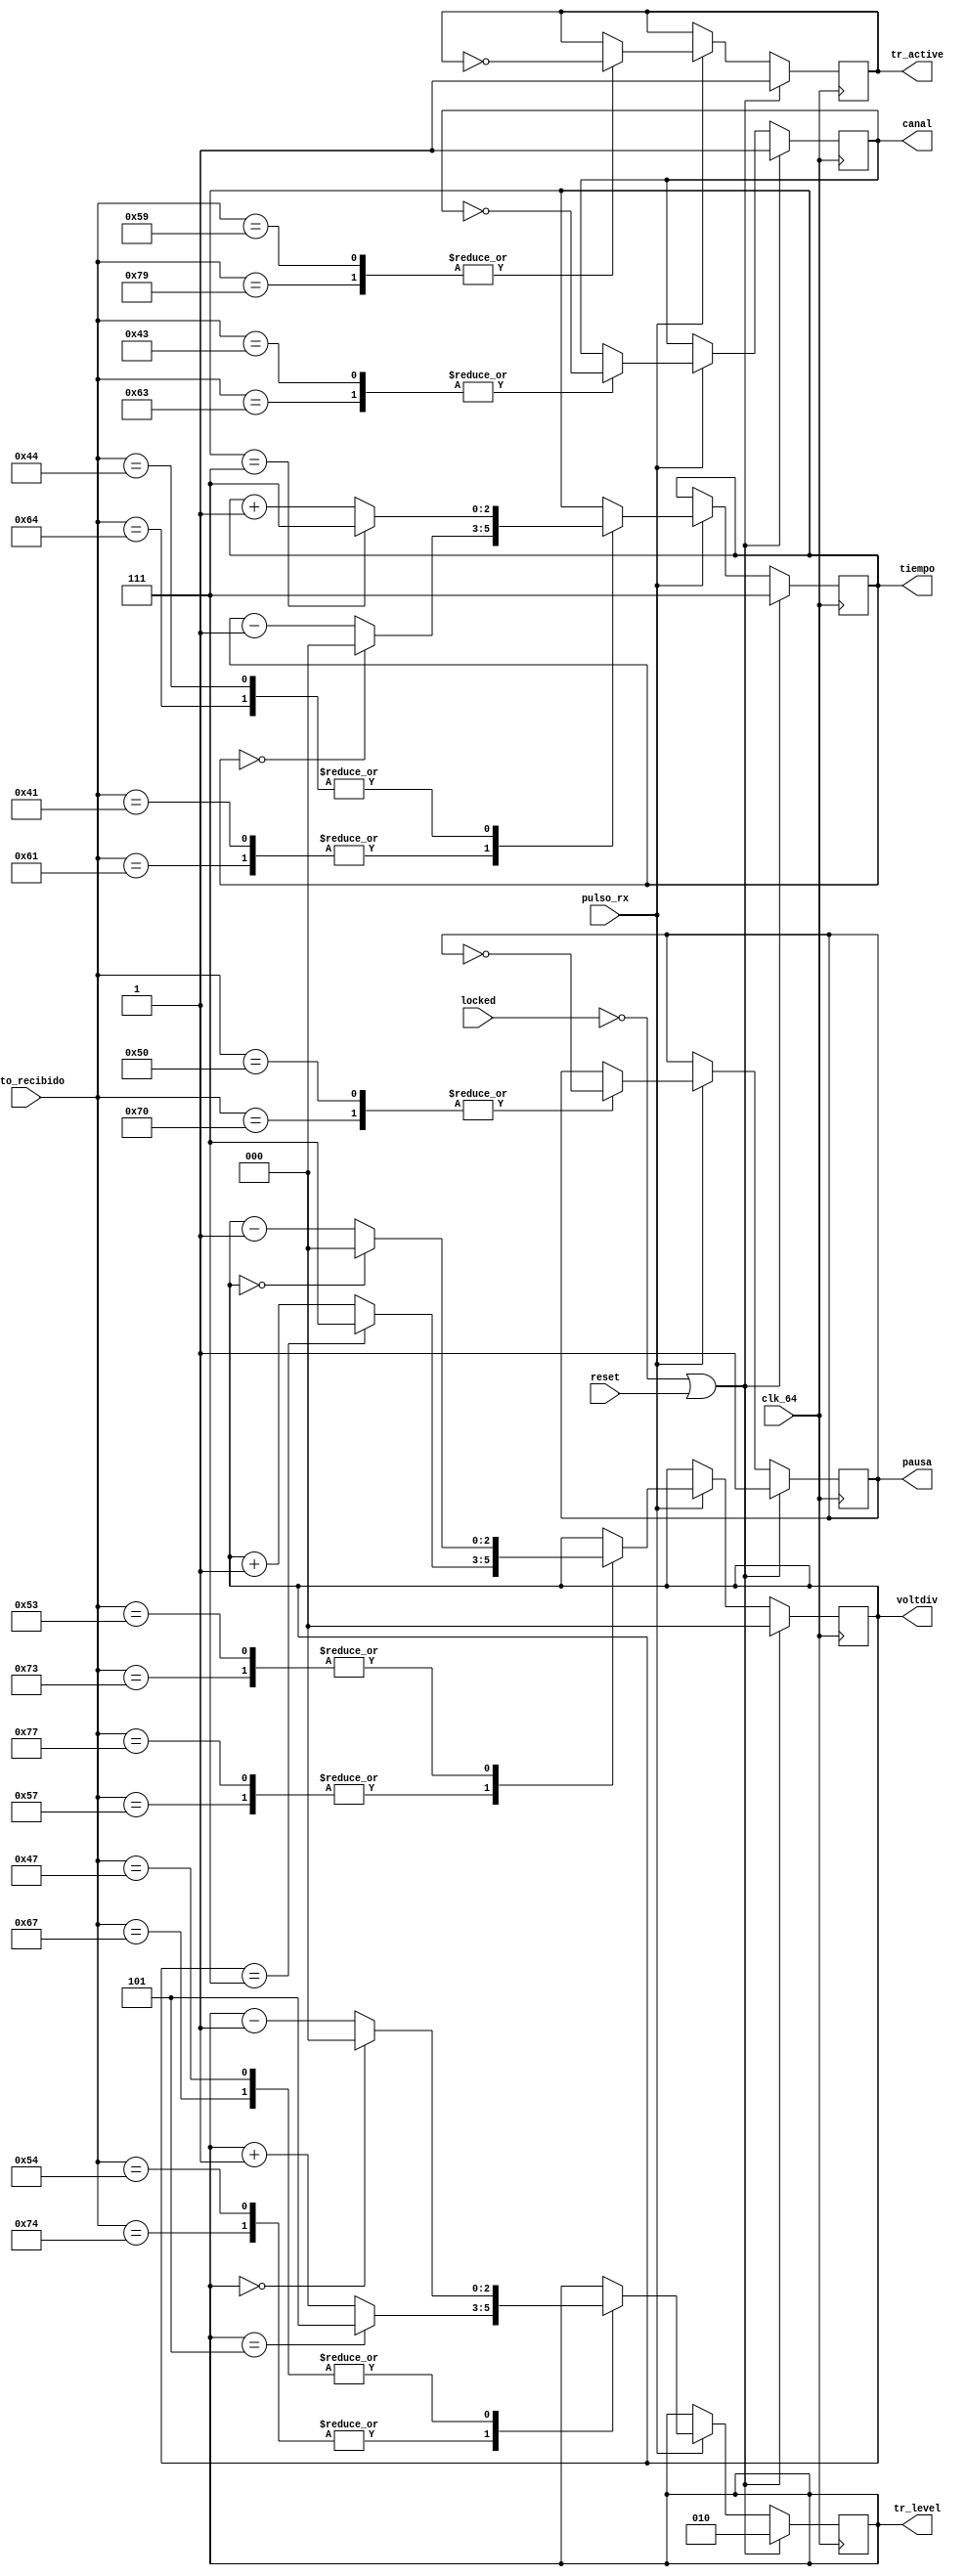
`timescale 1ns / 1ps

module comandos(
    input clk_64,
    input reset,
    input locked,
    input [7:0] dato_recibido,  //Dato que entro de la UART
    input pulso_rx,             //Pulso que indica que recibi algo
    output reg canal,
    output reg [2:0] voltdiv,
    output reg [2:0] tiempo,
    output reg pausa,
    output reg [2:0] tr_level,
    output reg tr_active
    );

always @(posedge clk_64) begin
    if (~locked || reset) begin
        canal <= 1;
        voltdiv <= 0;
        pausa <= 1;
        tiempo <= 7;
        tr_active <= 1;
        tr_level <= 2;
    end
    else begin
        if (pulso_rx) begin
            case (dato_recibido)    
                8'h43, 8'h63 : //C
                    canal <= ~canal;
                8'h77, 8'h57 : //W
                    voltdiv <= (voltdiv == 7)? 7 : voltdiv + 1;
                8'h53, 8'h73 : //S
                    voltdiv <= (voltdiv == 0)? 0 : voltdiv - 1;
                8'h41, 8'h61 : //A
                    tiempo <= (tiempo == 0)? 0 : tiempo - 1;
                8'h44, 8'h64 : //D
                    tiempo <= (tiempo == 7)? 7 : tiempo + 1;
                8'h50, 8'h70 : //P
                    pausa <= ~pausa;
                8'h54, 8'h74 : //T
                    tr_level <= (tr_level == 5)? 5 : tr_level + 1;
                8'h47, 8'h67 : //G
                    tr_level <= (tr_level == 0)? 0 : tr_level - 1;
                8'h59, 8'h79 : //Y
                    tr_active <= ~tr_active;                         
                default: begin end
            endcase    
        end
    end
end
                
endmodule